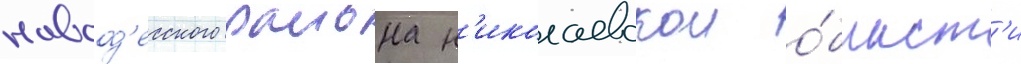
новоод'есского раиона н'иколаевскои о́бласт'и